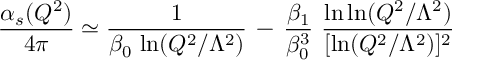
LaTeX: \frac { \alpha _ { s } ( Q ^ { 2 } ) } { 4 \pi } \simeq \frac { 1 } { \beta _ { 0 } \, \ln ( Q ^ { 2 } / \Lambda ^ { 2 } ) } \, - \, \frac { \beta _ { 1 } } { \beta _ { 0 } ^ { 3 } } \, \, \frac { \ln \ln ( Q ^ { 2 } / \Lambda ^ { 2 } ) } { [ \ln ( Q ^ { 2 } / \Lambda ^ { 2 } ) ] ^ { 2 } }